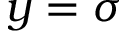
y = \sigma